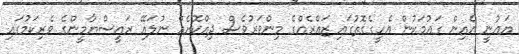
ޔަޢުނީ އެއިން ގައުމަކުން އެހީގެގޮތުގައި ޒައްރެއްގެ މިންވަރުވެސް ދިއްކޮށެއް ނުލައޭ ރައީސްޔާމީންގެ ވެރިކަމުގައި